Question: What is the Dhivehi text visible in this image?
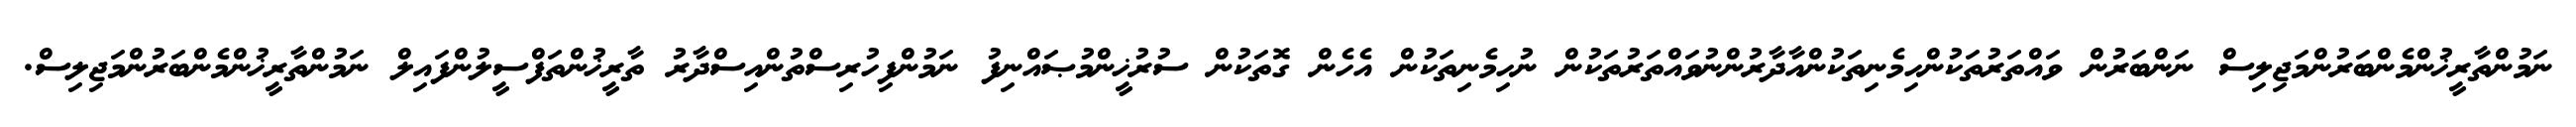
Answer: ނަމުންތާރީޚުންމެންބަރުންމަޖިލިސް ނަންބަރުން ވައްތަރުތަކުންހިމެނިތަކުންއާދާރުންނުވައްތަރުތަކުން ނުހިމެނިތަކުން އެހެން ގޮތަކުން ސުރުޚީންމުޞައްނިފު ނަމުންފިހުރިސްތުންއިސްދާރު ތާރީޚުންތަފްސީލުންފައިލް ނަމުންތާރީޚުންމެންބަރުންމަޖިލިސް.